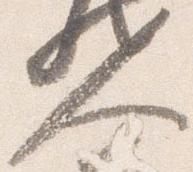
人